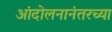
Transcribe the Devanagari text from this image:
आंदोलनानंतरच्या